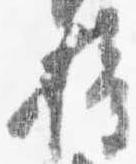
権